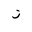
Letter: _zay